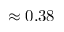
\approx 0 . 3 8